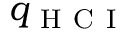
q _ { \mathrm { ~ H ~ C ~ I ~ } }